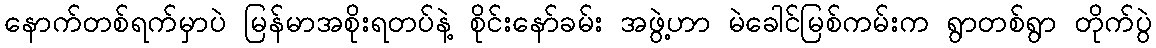
နောက်တစ်ရက်မှာပဲ မြန်မာအစိုးရတပ်နဲ့ စိုင်းနော်ခမ်း အဖွဲ့ဟာ မဲခေါင်မြစ်ကမ်းက ရွာတစ်ရွာ တိုက်ပွဲ